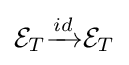
{\mathcal {E}}_{T}{\xrightarrow {id}}{\mathcal {E}}_{T}